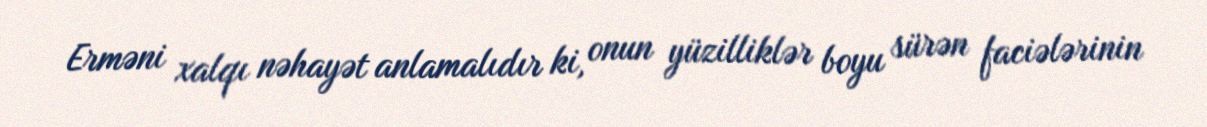
Erməni xalqı nəhayət anlamalıdır ki, onun yüzilliklər boyu sürən faciələrinin